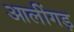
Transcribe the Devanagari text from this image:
आलींगड़